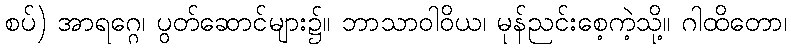
စပ်) အာရဂ္ဂေ၊ ပွတ်ဆောင်များ၌။ ဘာသာဝါဝိယ၊ မုန်ညင်းစေ့ကဲ့သို့။ ဂါထိတော၊